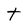
Character: t